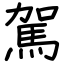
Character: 駕